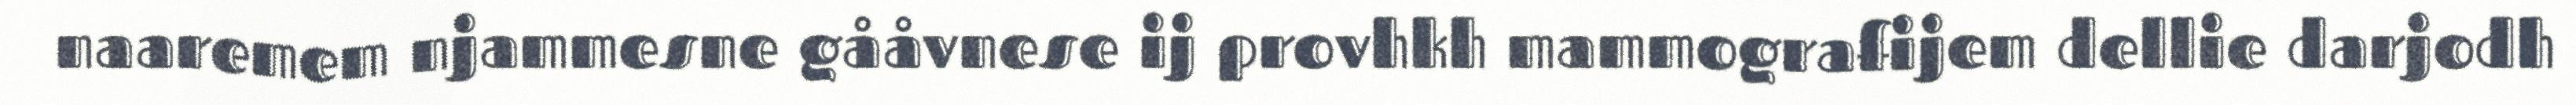
naaremem njammesne gååvnese ij provhkh mammografijem dellie darjodh